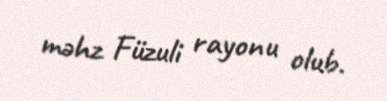
məhz Füzuli rayonu olub.